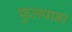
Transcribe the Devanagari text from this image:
फुलपाडा